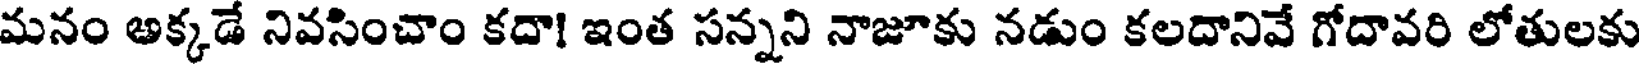
మనం అక్కడే నివసించాం కదా! ఇంత సన్నని నాజూకు నడుం కలదానివే గోదావరి లోతులకు